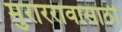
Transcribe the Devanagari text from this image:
मुराररावासाठी